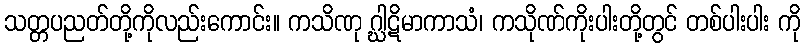
သတ္တပညတ်တို့ကိုလည်းကောင်း။ ကသိဏု ဂ္ဃါဋိမာကာသံ၊ ကသိုဏ်ကိုးပါးတို့တွင် တစ်ပါးပါး ကို